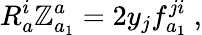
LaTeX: R_{a}^{i}\mathbb{Z}_{a_{1}}^{a}=2y_{j}f_{a_{1}}^{ji}\ ,